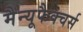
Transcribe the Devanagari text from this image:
मैन्यूफैक्चर्स